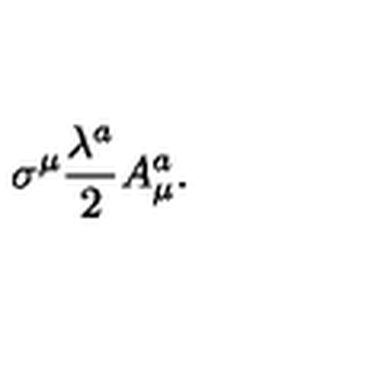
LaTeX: \sigma ^ { \mu } \frac { \lambda ^ { a } } { 2 } A _ { \mu } ^ { a } .